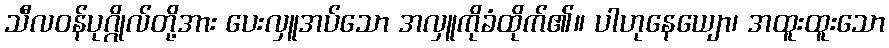
သီလဝန်ပုဂ္ဂိုလ်တို့အား ပေးလှူအပ်သော အလှူကိုခံထိုက်၏။ ပါဟုနေယျော၊ အထူးထူးသော